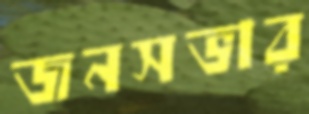
জনসভার